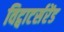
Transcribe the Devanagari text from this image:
विट्वाटर्सरेंड